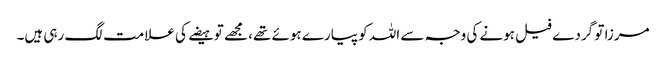
مرزا تو گردے فیل ہونے کی وجہ سے اللہ کو پیارے ہوئے تھے، مجھے تو ہیضے کی علامت لگ رہی ہیں۔